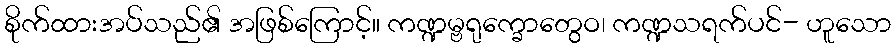
စိုက်ထားအပ်သည်၏ အဖြစ်ကြောင့်။ ကဏ္ဍမ္ဗရုက္ခောတွေဝ၊ ကဏ္ဍသရက်ပင်- ဟူသော